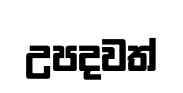
උපදවත්